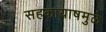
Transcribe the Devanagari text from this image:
सहकायाषमुळे